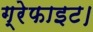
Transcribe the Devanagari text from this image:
ग्रेफाइट।